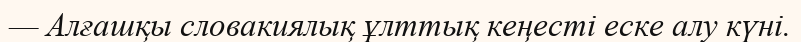
— Алғашқы словакиялық ұлттық кеңесті еске алу күні.